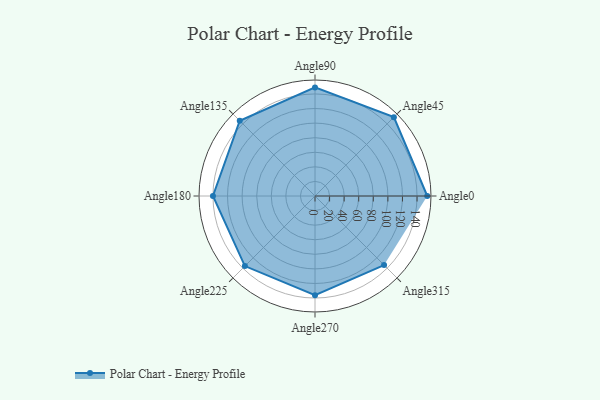
{"axis": {"x": "Angle", "y": "Radius"}, "legend": [""], "data": [{"x": "Angle0", "y": 154.0, "type": ""}, {"x": "Angle45", "y": 153.0, "type": ""}, {"x": "Angle90", "y": 149.0, "type": ""}, {"x": "Angle135", "y": 146.0, "type": ""}, {"x": "Angle180", "y": 140.0, "type": ""}, {"x": "Angle225", "y": 136.0, "type": ""}, {"x": "Angle270", "y": 136.0, "type": ""}, {"x": "Angle315", "y": 134.0, "type": ""}]}